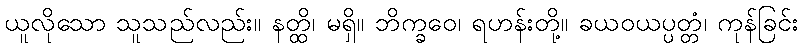
ယူလိုသော သူသည်လည်း။ နတ္ထိ၊ မရှိ။ ဘိက္ခဝေ၊ ရဟန်းတို့။ ခယဝယပ္ပတ္တံ၊ ကုန်ခြင်း